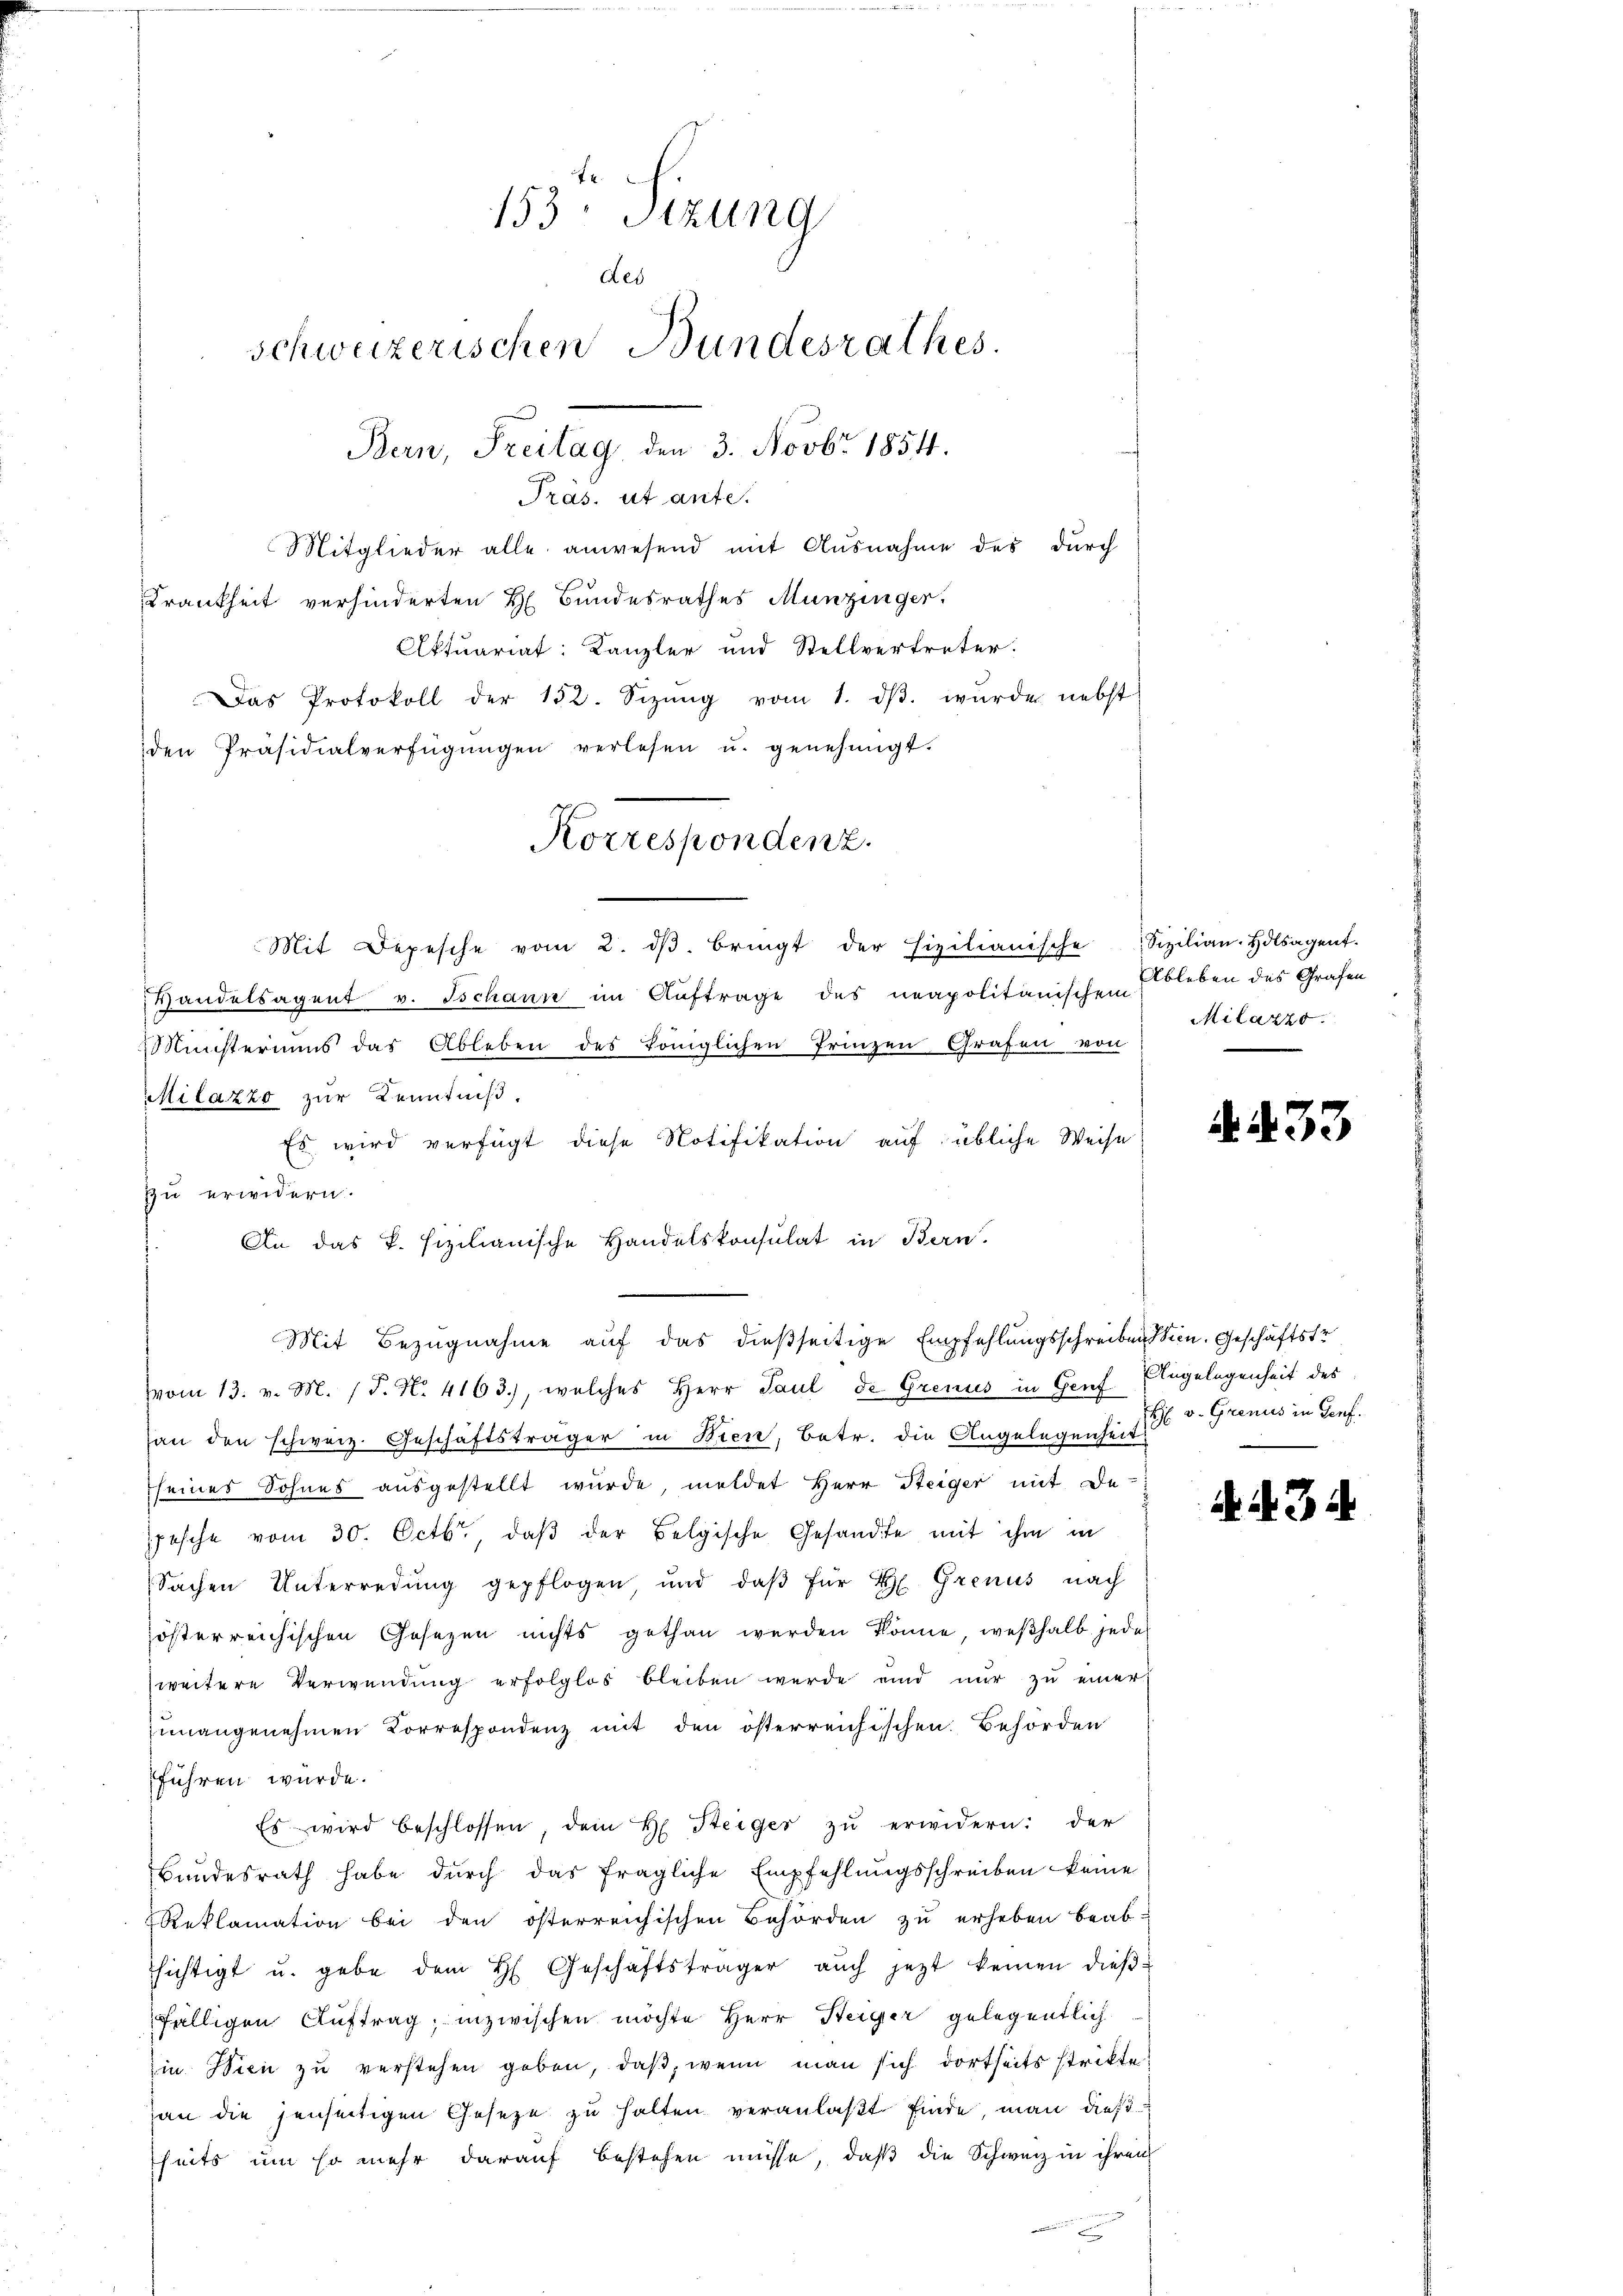
153: Sizung
Des
schweizerischen Bundesrathes.
Bern, Freitag, den 3. Novbr 1854.

Präs. ut ante.
Mitglieder alle anwesend mit Ausnahme des durch
Krankheit verhinderten H. Bundesrathes Munzinger.
Aktuariat: Kanzler und Stellvertreter.
Das Protokoll der 152. Sizŭng vom 1. dβ. wŭrde nebst
den Präsidialverfügŭngen verlesen u. genehmigt.
Mit Depesche vom 2. dβ. bringt der Fixilianische Sizilian-Holsagent.
Handelsagent v. Tschann im Auftrage des neapolitanischen Ableben des Grafen
Ministeriums das Ableben des Königlichen Prinzen Grafen von
Milazzo zur Kenntniß.
Es wird verfügt diese Notifikation auf übliche Weise
zu erwidern.
An das k. Fizilianische Handelskonsulat in Bern,
vom 13. v. M. 1 S. No. 4163), welches Herr Paul de Grenus in Genf Engelegenheit des
han den schweiz. Geschäftsträger in Bien, Betr. die Angelegenheit
seines Sohnes ausgestellt wurde, meldet Herr Steiger mit de
pesche vom 30. Octbr., daβ der Belgische Gesandte mit ihm in
Sachen Unterredung gepflogen, und daβ für H. Grenus nach
österreichischen Gesetzen nichts gethan werden könne, weßhalb jede
zweitere Verwendŭng erfolglos bleiben werde und nŭr zŭ einer
zunangenehmen Korrespondenz mit den österreichischen Behörden
führen wurde.
Es wird beschlossen, dem H. Steiger zŭ erwidern: der
Bundesrath habe durch das fragliche Empfehlungsschreiben keine
Reklamation bei den österreichischen Behörden zu erheben beab-
hichtigt u. gebe dem H. Geschäftsträger aŭch jetzt keinen dieβ-
fälligen Auftrag, inzwischen möchte Herr Steiger gelegentlich
in Wien zŭ verstehen geben, daβ, wenn man sich dortseits strikte
hau die jenseitigen Geseze zu halten veranlaßt finde man dießheits um so mehr darauf bestehen müsse, daß die Schweiz in ihren

Korrespondenz.

Mit Bezugnahme auf das dießseitige Empfehlungsschreibens sein. Geschäftstr

Milazzo.

233

H: v. Grenus in Genf.

N. 3 d